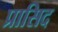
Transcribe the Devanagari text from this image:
प्रासिद